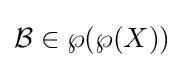
{\mathcal {B}}\in \wp (\wp (X))